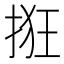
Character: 𫼺